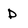
Character: D